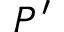
P ^ { \prime }